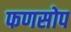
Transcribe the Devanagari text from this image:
फणसोप